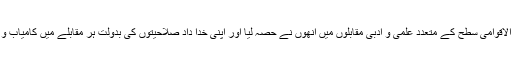
ملکی اور بین الاقوامی سطح کے متعدد علمی و ادبی مقابلوں میں انھوں نے حصہ لیا اور اپنی خدا داد صلاحیتوں کی بدولت ہر مقابلے میں کامیاب و کامران رہے۔